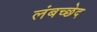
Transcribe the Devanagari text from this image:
लंबच्छेद